Civil Veterinary Dept. Bombay admin report 1923-31 - 1923-1931
Year: 1923
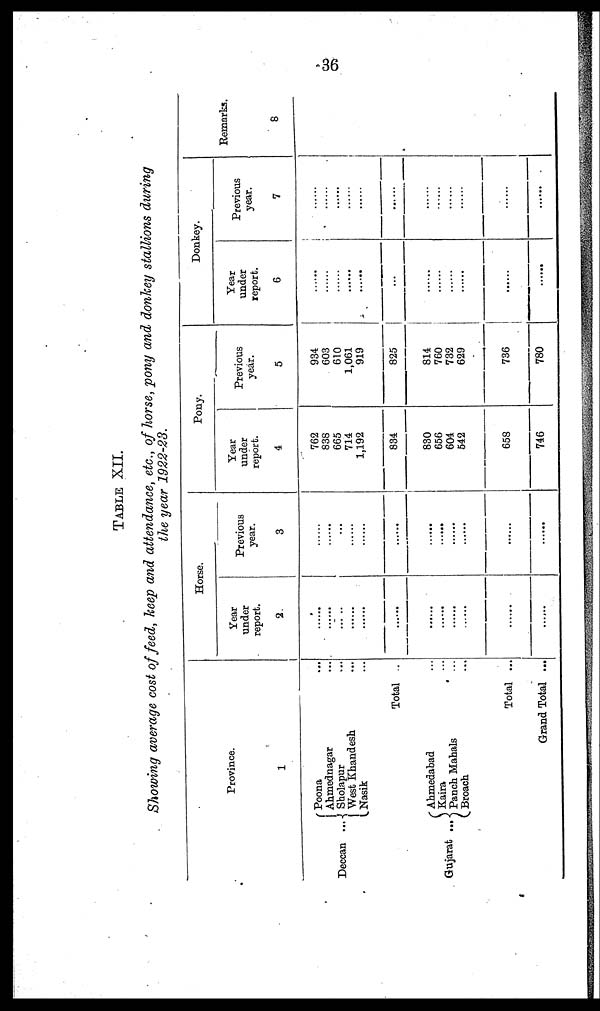
36
TABLE XII.
Showing average cost of feed, keep and attendance, etc., of horse, pony and donkey stallions during
the year 1922-23.
Province.
1
Deccan
Poona ...
Ahmednagar ...
... Sholapur ...
West Khandesh ...
Nasik ...
Total ...
Gujarat
Ahmedabad ...
Kaira ...
... Panch Mahals ...
Broach ...
Total ...
Grand Total ...
Horse.
Year
under
report.
2
......
......
......
......
......
......
......
......
......
......
......
Previous
year.
3
.....
......
......
......
......
......
......
......
......
.....
......
......
Pony.
Year
under
report.
4
762
838
665
714
1,192
834
830
656
604
542
658
746
Previous
year.
5
934
603
610
1,061
919
825
814
760
732
629
736
780
Donkey.
Year
under
report.
6
......
......
......
......
......
...
......
.....
......
......
......
......
Previous
year.
7
.....
......
......
......
......
......
......
......
......
Remarks.
8